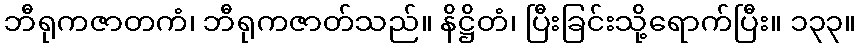
ဘီရုကဇာတကံ၊ ဘီရုကဇာတ်သည်။ နိဋ္ဌိတံ၊ ပြီးခြင်းသို့ရောက်ပြီး။ ၁၃၃။